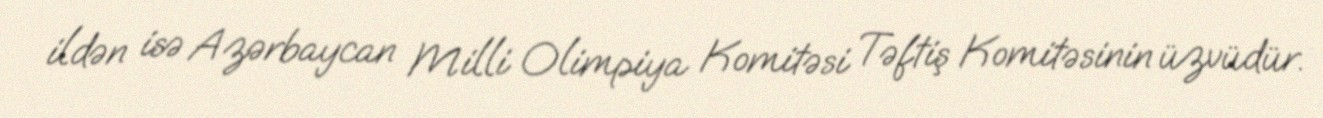
ildən isə Azərbaycan Milli Olimpiya Komitəsi Təftiş Komitəsinin üzvüdür.